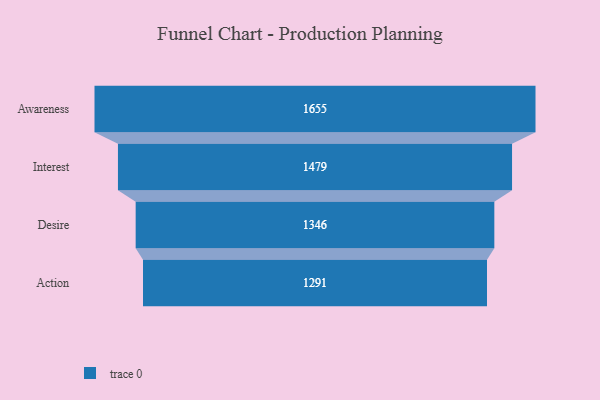
{"axis": {"x": "Stage", "y": "Value"}, "legend": [""], "data": [{"x": "Awareness", "y": 1655.0, "type": ""}, {"x": "Interest", "y": 1479.0, "type": ""}, {"x": "Desire", "y": 1346.0, "type": ""}, {"x": "Action", "y": 1291.0, "type": ""}]}